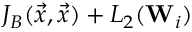
J _ { B } ( \Vec { x } , \Vec { x } ) + L _ { 2 } ( \mathbf { W } _ { i } )